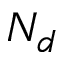
N _ { d }